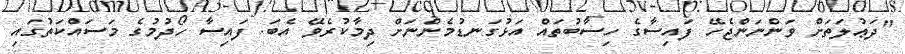
"ދަޢުލަތަށް ވަންނަންޖެހޭ ފައިސާގެ ހިސާބުތައް އަޅުގަނޑުމެންނަށް ދިމާކުރެވޭ އެބަ. ފައިސާ ހޯދުމުގެ މަސައްކަތުގައި